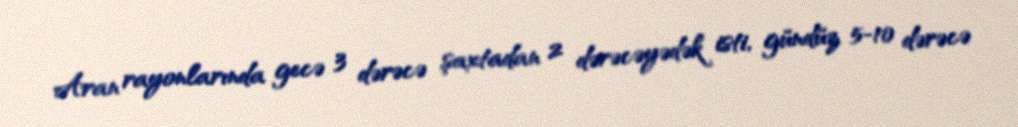
Aran rayonlarında gecə 3 dərəcə şaxtadan 2 dərəcəyədək isti, gündüz 5-10 dərəcə